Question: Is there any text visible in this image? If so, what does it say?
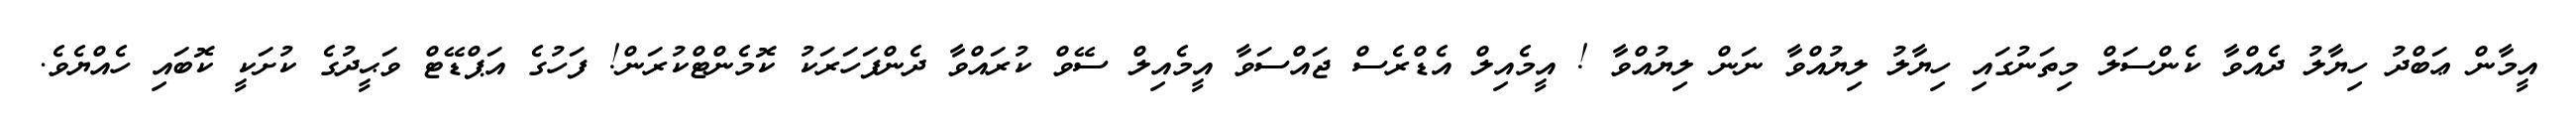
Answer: އީމާން ޢަބްދު ހިޔާލު ދެއްވާ ކެންސަލް މިތަނުގައި ހިޔާލު ލިޔުއްވާ ނަން ލިޔުއްވާ ! އީމެއިލް އެޑްރެސް ޖައްސަވާ އީމެއިލް ސޭވް ކުރައްވާ ދެންފަހަރަކު ކޮމެންޓްކުރަން! ފަހުގެ އަޕްޑޭޓް ވަޙީދުގެ ކުށަކީ ކޮބައި ހެއްޔެވެ.